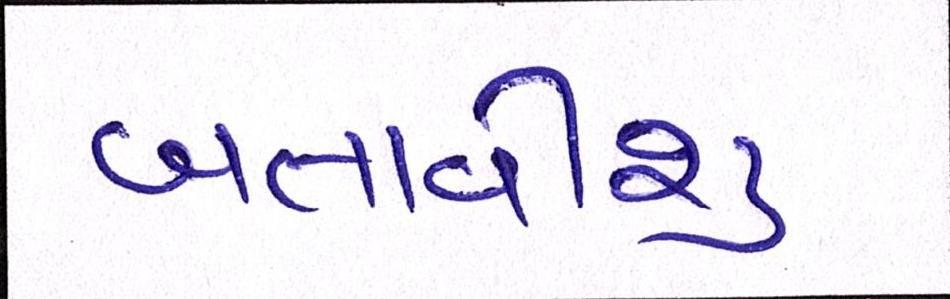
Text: બતાવીશુ